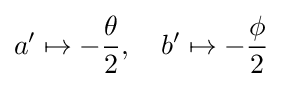
a'\mapsto -{\frac {\theta }{2}},\quad b'\mapsto -{\frac {\phi }{2}}